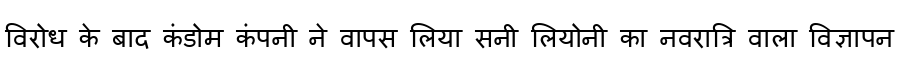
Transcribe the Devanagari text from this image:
विरोध के बाद कंडोम कंपनी ने वापस लिया सनी लियोनी का नवरात्रि वाला विज्ञापन